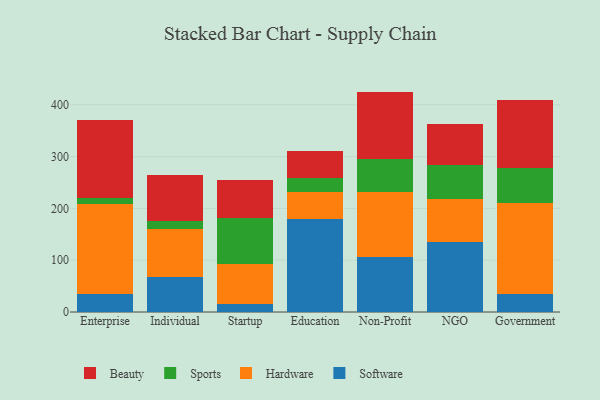
{"axis": {"x": "Segment", "y": "Revenue (USD Million)"}, "legend": ["Beauty", "Hardware", "Software", "Sports"], "data": [{"x": "Enterprise", "y": 34.1, "type": "Software"}, {"x": "Enterprise", "y": 173.5, "type": "Hardware"}, {"x": "Enterprise", "y": 11.8, "type": "Sports"}, {"x": "Enterprise", "y": 151.4, "type": "Beauty"}, {"x": "Individual", "y": 66.9, "type": "Software"}, {"x": "Individual", "y": 93.6, "type": "Hardware"}, {"x": "Individual", "y": 15.5, "type": "Sports"}, {"x": "Individual", "y": 87.6, "type": "Beauty"}, {"x": "Startup", "y": 16.1, "type": "Software"}, {"x": "Startup", "y": 76.6, "type": "Hardware"}, {"x": "Startup", "y": 89.7, "type": "Sports"}, {"x": "Startup", "y": 72.0, "type": "Beauty"}, {"x": "Education", "y": 179.0, "type": "Software"}, {"x": "Education", "y": 52.9, "type": "Hardware"}, {"x": "Education", "y": 26.8, "type": "Sports"}, {"x": "Education", "y": 52.6, "type": "Beauty"}, {"x": "Non-Profit", "y": 105.4, "type": "Software"}, {"x": "Non-Profit", "y": 126.2, "type": "Hardware"}, {"x": "Non-Profit", "y": 63.9, "type": "Sports"}, {"x": "Non-Profit", "y": 130.0, "type": "Beauty"}, {"x": "NGO", "y": 134.4, "type": "Software"}, {"x": "NGO", "y": 84.4, "type": "Hardware"}, {"x": "NGO", "y": 64.1, "type": "Sports"}, {"x": "NGO", "y": 80.4, "type": "Beauty"}, {"x": "Government", "y": 34.6, "type": "Software"}, {"x": "Government", "y": 175.6, "type": "Hardware"}, {"x": "Government", "y": 67.1, "type": "Sports"}, {"x": "Government", "y": 132.7, "type": "Beauty"}]}